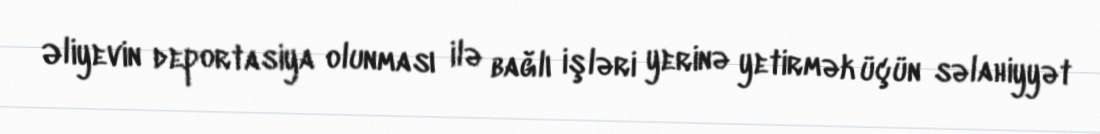
Əliyevin deportasiya olunması ilə bağlı işləri yerinə yetirmək üçün səlahiyyət